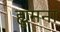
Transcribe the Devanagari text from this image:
ह्युमना